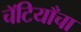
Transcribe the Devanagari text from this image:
चॅटियाँचा